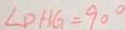
\angle D H G = 9 0 ^ { \circ }